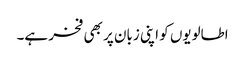
اطالویوں کو اپنی زبان پر بھی فخر ہے۔